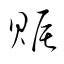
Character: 賑